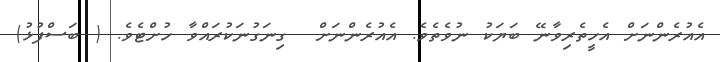
އެއުރެންނަށް އެހީތެރިވާނޭ ބަޔަކު ނުވެތެވެ. އެއުރެންނަށް  ގިނަގުނަކުރައްވާ ހުށްޓެވެ. ( ބަސްފުޅު)